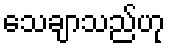
သေချာသည်ဟု